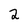
Character: 2